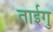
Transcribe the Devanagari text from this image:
ताईगु